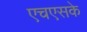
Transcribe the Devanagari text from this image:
एचएसके